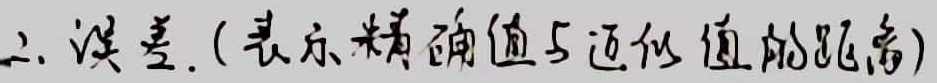
2. 误差. (表示精确值与近似值的距离)